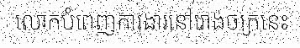
លោកបំពេញការងារនៅរោងចក្រនេះ